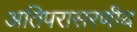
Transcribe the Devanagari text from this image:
अतिपरासरणीय